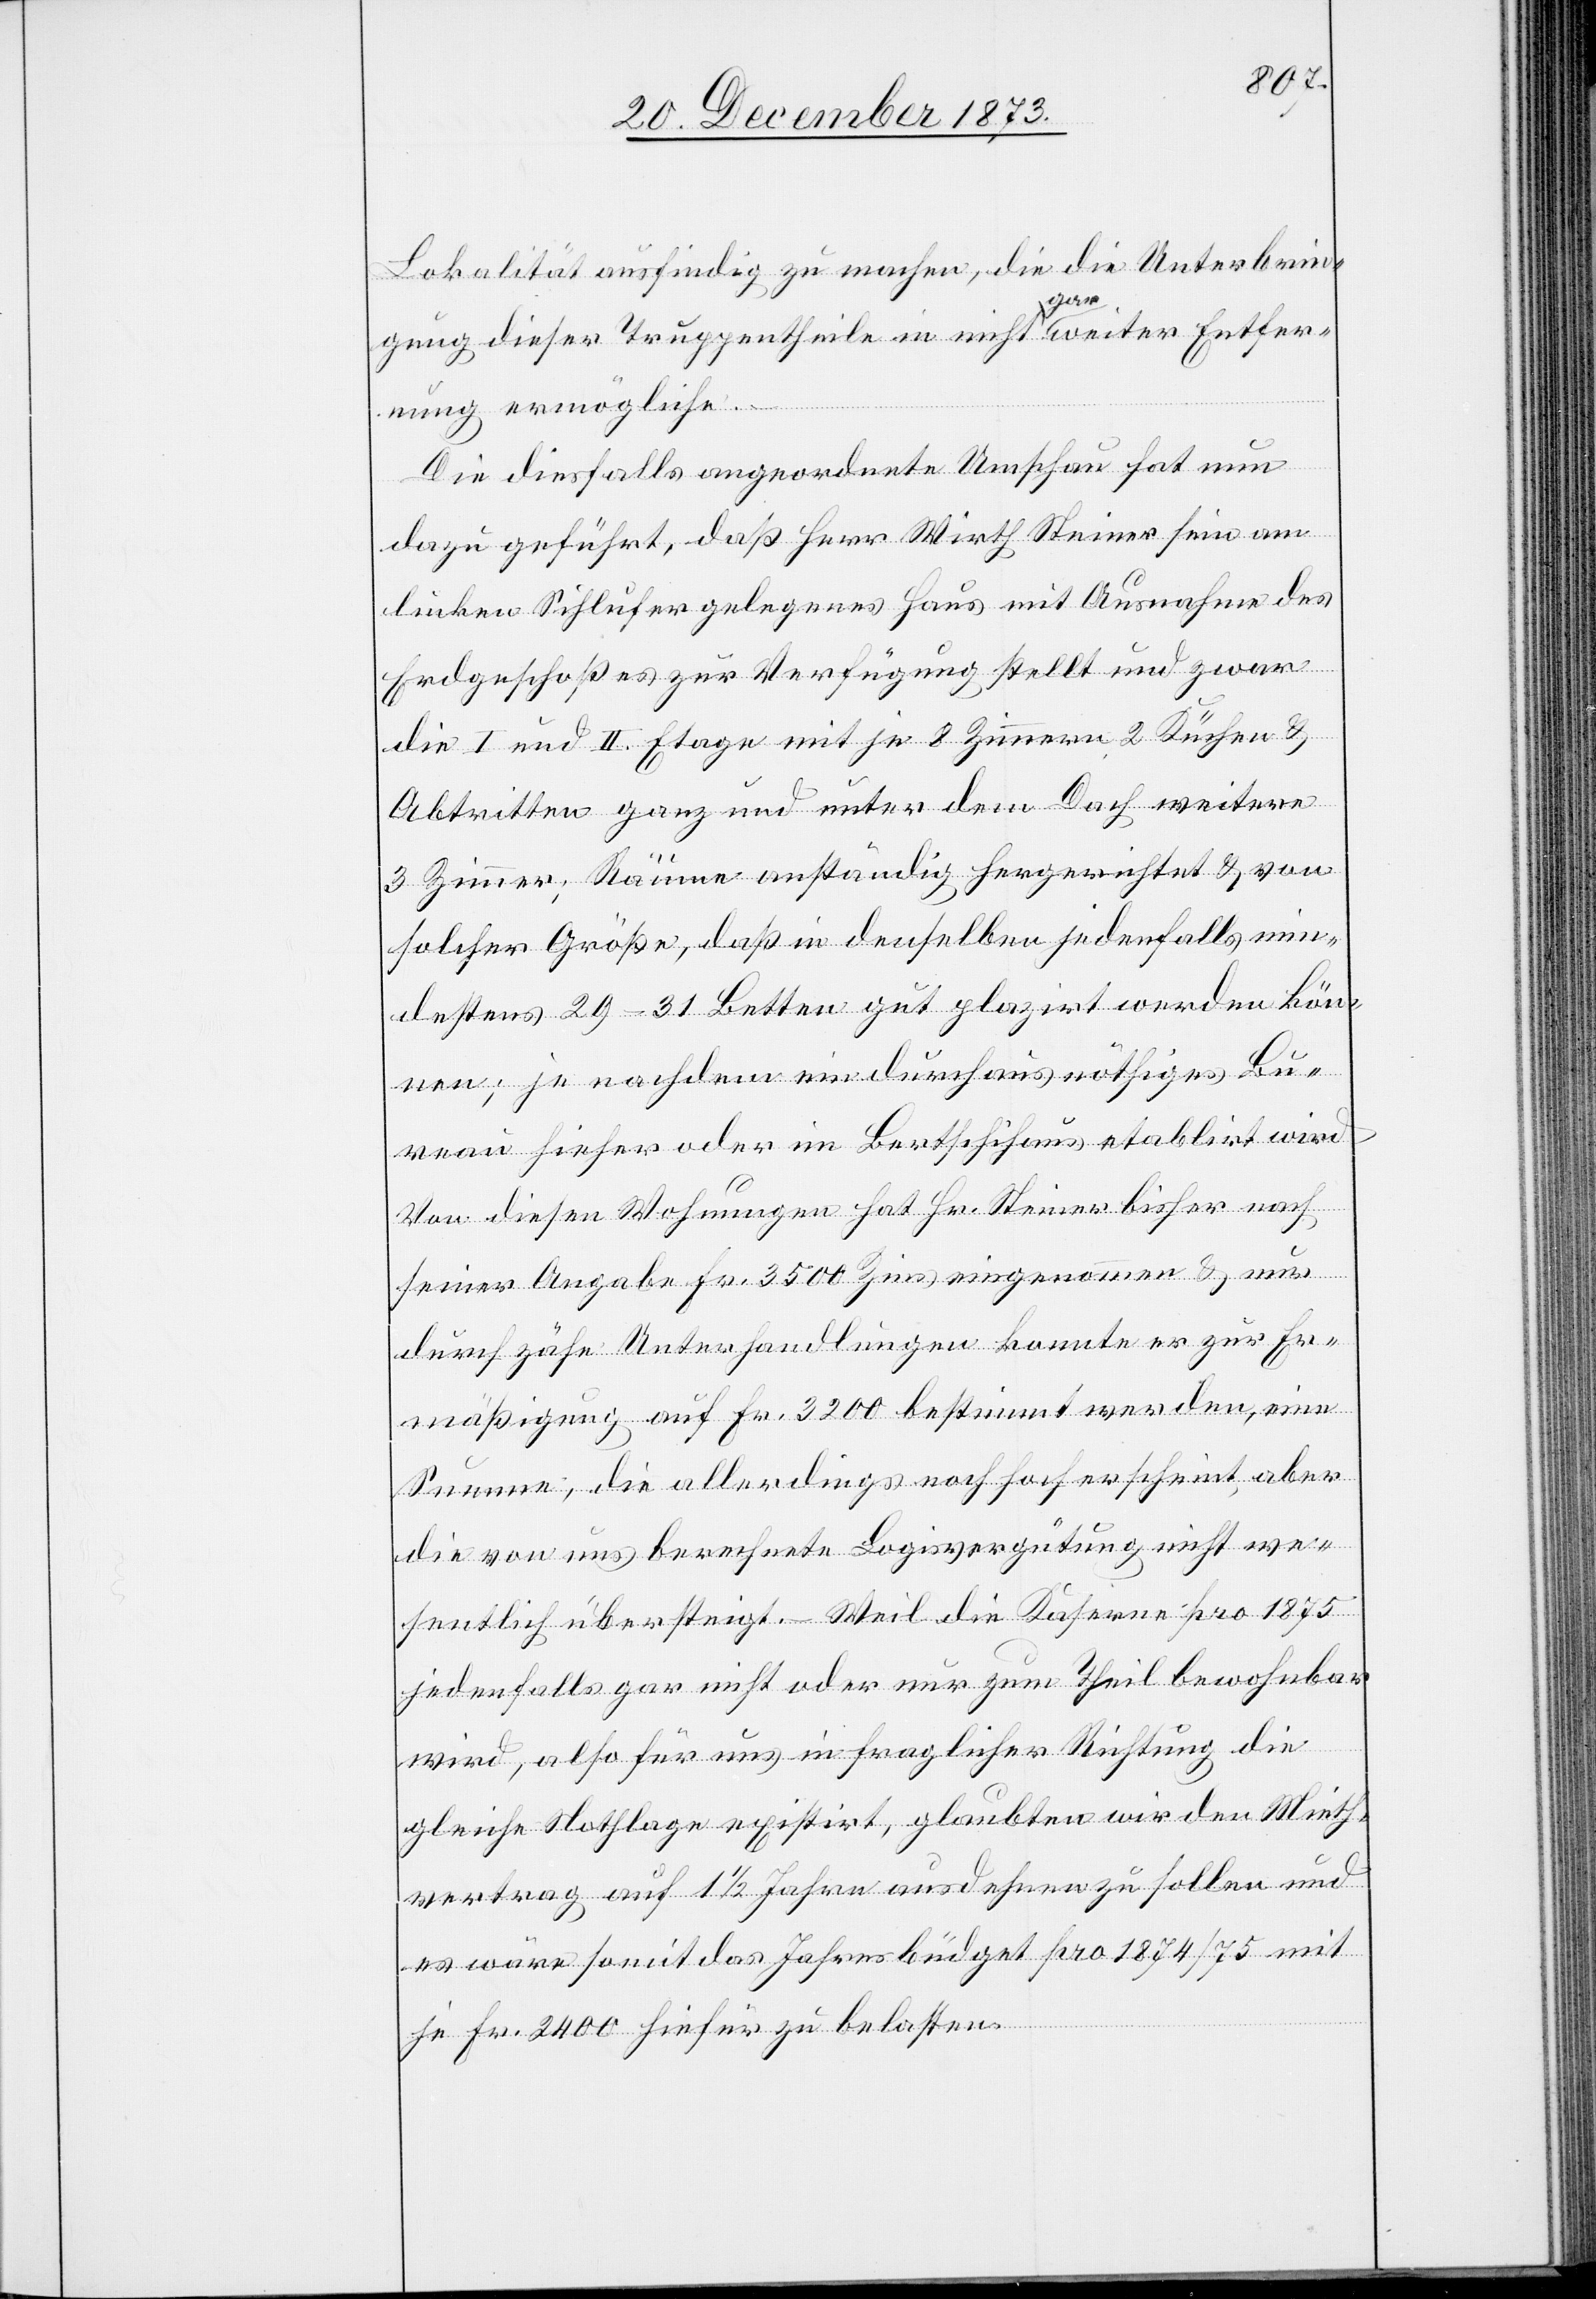
Lokalität ausfindig zu machen, die die Unterbrin¬
gung dieser Truppentheile in nicht gar weiter Entfer¬
nung ermögliche.
Die diesfalls angeordnete Umschau hat nun
dazu geführt, daß Herr Wirth Steiner sein am
linken Sihlufer gelegenes Haus mit Ausnahme des
Erdgeschoßes zur Verfügung stellt und zwar
die I. und II. Etage mit je 8 Zimmern, 2 Küchen &
Abtritten ganz und unter dem Dach weitere
3 Zimmer; Räume anständig hergerichtet & von
solcher Größe, daß in denselben jedenfalls min¬
destens 29–31 Betten gut plazirt werden kön¬
nen; je nachdem ein durchaus nöthiges Bur¬
eau hieher oder im Bertschihaus etablirt wird[.]
Von diesen Wohnungen hat Hr. Steiner bisher nach
seiner Angabe Fr. 3 500 Zins eingenommen & nur
durch zähe Unterhandlungen konnte er zur Er¬
mäßigung auf Fr. 3 200 bestimmt werden, eine
Summe, die allerdings noch hoch erscheint, aber
die von uns berechnete Logisvergütung nicht we¬
sentlich übersteigt. – Weil die Kaserne pro 1875
jedenfalls gar nicht oder nur zum Theil bewohnbar
wird, also für uns in fraglicher Richtung die
gleiche Nothlage existirt, glaubten wir den Mieth¬
vertrag auf 1 1/2 Jahre ausdehnen zu sollen und
es wäre somit das Jahresbüdget pro 1874/75 mit
je Fr. 2 400 hiefür zu belasten.